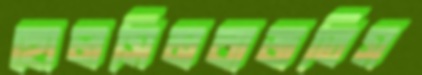
হোলসিমবাজতিস